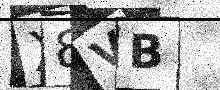
Text: X8VB